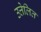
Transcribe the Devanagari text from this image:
उत्तेलित